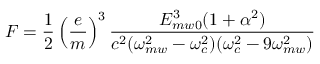
F = \frac { 1 } { 2 } \left( \frac { e } { m } \right) ^ { 3 } \frac { E _ { m w 0 } ^ { 3 } ( 1 + \alpha ^ { 2 } ) } { c ^ { 2 } ( \omega _ { m w } ^ { 2 } - \omega _ { c } ^ { 2 } ) ( \omega _ { c } ^ { 2 } - 9 \omega _ { m w } ^ { 2 } ) }